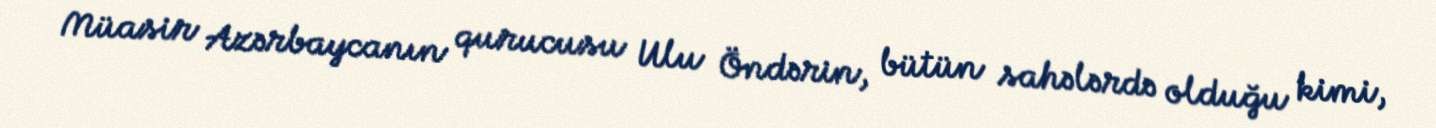
Müasir Azərbaycanın qurucusu Ulu Öndərin, bütün sahələrdə olduğu kimi,